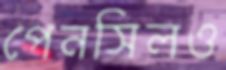
পেনসিলও